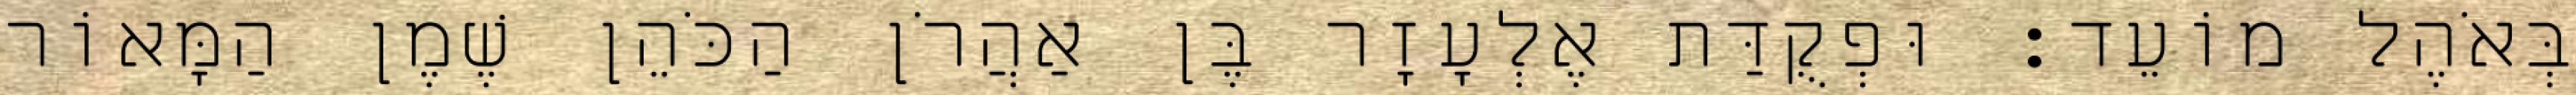
בְּאֹהֶל מוֹעֵד׃ וּפְקֻדַּת אֶלְעָזָר בֶּן אַהֲרֹן הַכֹּהֵן שֶׁמֶן הַמָּאוֹר